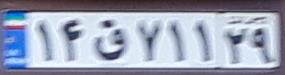
۱۴ق۷۱۱۲۹